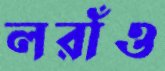
লরাঁও